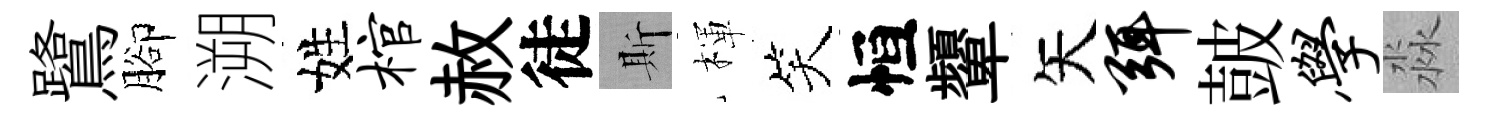
鷺腳溯姓棺赦徒斯楎笑恒顰矢弭皷学淼